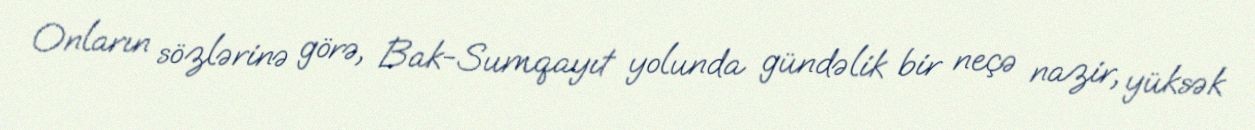
Onların sözlərinə görə, Bak-Sumqayıt yolunda gündəlik bir neçə nazir, yüksək